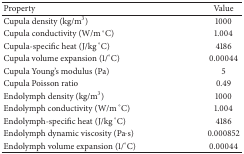
<table><thead><tr><td><b>Property</b></td><td><b>Value</b></td></tr></thead><tbody><tr><td>Cupula density (kg/m<sup>3</sup>)</td><td>1000</td></tr><tr><td>Cupula conductivity (W/m °C)</td><td>1.004</td></tr><tr><td>Cupula-specific heat (J/kg °C)</td><td>4186</td></tr><tr><td>Cupula volume expansion (1/°C)</td><td>0.00044</td></tr><tr><td>Cupula Young&#x27;s modulus (Pa)</td><td>5</td></tr><tr><td>Cupula Poisson ratio</td><td>0.49</td></tr><tr><td>Endolymph density (kg/m<sup>3</sup>)</td><td>1000</td></tr><tr><td>Endolymph conductivity (W/m °C)</td><td>1.004</td></tr><tr><td>Endolymph-specific heat (J/kg °C)</td><td>4186</td></tr><tr><td>Endolymph dynamic viscosity (Pa·s)</td><td>0.000852</td></tr><tr><td>Endolymph volume expansion (1/°C)</td><td>0.00044</td></tr></tbody></table>